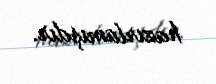
hazırlamışdır.